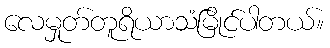
လေမှုတ်တူရိယာသံမြိုင်ပါတယ်။